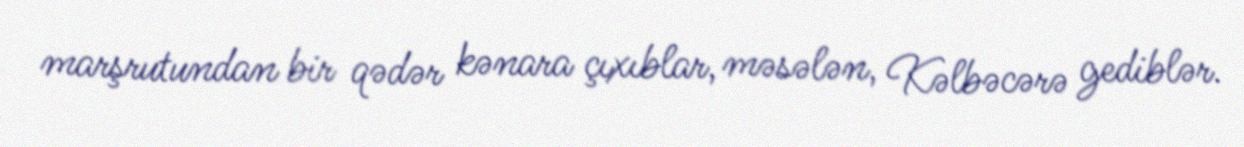
marşrutundan bir qədər kənara çıxıblar, məsələn, Kəlbəcərə gediblər.